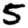
Digit: 5